Lunatic asylums Punjab 1868-1880 - 1868-1880
Year: 1868
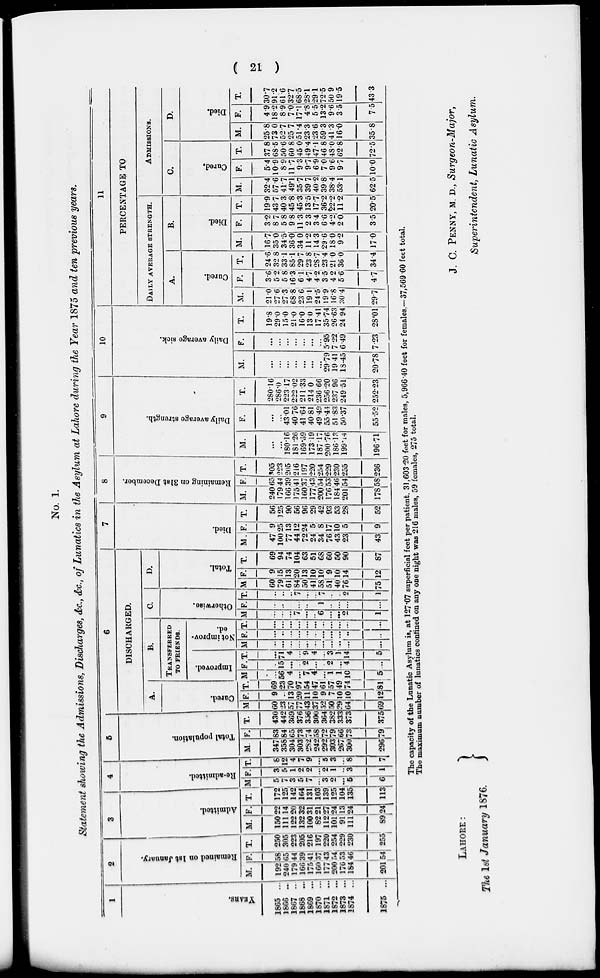
( 21 )
No. 1.
Statement showing the Admissions, Discharges, &c., &c., of Lunatics in the Asylum at Lahore during the Year 1875 and ten previous years.
1
YEARS.
1865 ...
1866 ...
1867 ...
1868 ...
1869 ...
1870 ...
1871 ...
1872 ...
1873 ...
1874 ...
1875 ...
2
Remained on 1st January.
M.
192
240
179
166
175
160
177
200
176
184
201
F.
58
65
44
39
41
37
43
54
53
46
54
T.
250
305
223
205
216
197
220
254
229
230
255
3
Admitted.
M.
150
111
122
132
100
62
112
101
91
111
89
F.
22
14
20
32
31
21
27
24
13
24
24
T.
172
125
142
164
131
103
139
125
104
135
113
4
Re-admitted.
M.
5
7 3
5
7
...
3
2
...
5
6
F.
3
5
1
2
2
...
2
1
...
3
1
T.
8
12
4
7
9
...
5
3
...
6
7
5
Total population.
M.
347
358
304
303
282
242
292
303
267
300
296
F.
83
84
65
73
74
58
72
79
66
73
79
T.
430
442
369
376
356
300
364
382
333
373
375
6
DISCHARGED.
A.
Cared.
M
60
23
57
77
43
37
52
50
29
64
69
F.
9
..
13
20
11
10
9
7
10
10
12
T.
69
23
70
97
54
47
61
57
49
74
81
B.
TRANSFERRED
TO FRIENDS.
Improved.
M
...
56
4
...
7
4
...
1
1
10
5
F.
...
15
...
...
2
...
...
2
...
4
...
T.
...
71
4
...
9
4
...
3
1
14
5
Not improv-
ed.
M
...
...
...
...
...
...
....
...
...
...
...
F.
...
...
...
...
...
...
...
...
...
..
T.
...
...
...
...
...
...
...
...
...
...
...
C.
Otherwise.
M
...
...
...
7
...
..
6
...
...
2
1
F.
...
...
...
...
...
...
1
...
...
...
...
T.
...
..
..
7
...
...
7
..
2
1
D.
Total.
M
60
79
61
84
50
41
58
51
40
76
75
F.
9
15
13
20
13
10
10
9
10
14
12
T.
69
94
74
104
63
51
68
60
50
90
87
7
Died.
M.
47
100
77
44
72
24
34
76
43
23
43
F.
9
25
13
12
24
5
8
17
10
5
9
T.
56
125
90
56
96
29
42
93
53
28
52
8
Remaining on 31st December.
M.
240
179
166
175
160
177
200
176
184
201
178
F.
65
44
39
41
37
43
54
53
46
54
58
T.
305
223
205
216
197
220
254
229
230
255
236
9
Daily average strength.
M.
...
...
180.16
181.26
169.59
173.19
187.17
200.76
186.13
199.14
196.71
F.
...
...
43.01
40.76
41.64
40.81
49.49
55.41
51.83
50.37
55.52
T.
280.16
286.0
223.17
222.02
211.33
214.0
236.66
256.20
237.96
249.51
252.23
10
Daily average sick.
M.
...
...
...
...
...
...
...
29.79
19.41
18.45
20.78
F.
...
...
...
...
...
...
...
5.95
7.22
6.49
7.23
T.
19.8
29.0
15.0
21.0
16.0
13.0
17.41
35.74
26.63
24.94
28.01
11
PERCENTAGE TO
DAILY AVERAGE STRENGTH.
A.
Cured.
M.
21.0
27.6
27.3
68.8
23.6
19.1
24.5
19.9
16.8
30.4
29.7
F.
3.6
5.2
5.8
16.3
6.1
4.7
4.2
3.5
4.2
5.6
4.7
T.
24.6
32.8
33.1
85.1
29.7
23.8
28.7
23.4
21.0
36.0
34.4
B.
Died.
M.
16.7
35.0
34.5
36.0
34.0
11.2
14.3
29.6
18.0
9.2
17.0
F.
3.2
8.7
5.8
9.8
11.3
2.3
3.4
6.6
4.2
2.0
3.5
T.
19.9
43.7
40.3
45.8
45.3
13.5
17.7
36.2
22.2
11.2
20.5
ADMISSIONS.
C.
Cured.
M.
32.4
57.6
41.7
49.1
35.7
39.7
40.2
39.8
38.4
53.1
62.5
F.
5.4
10.9
8.9
11.7
9.3
9.7
6.9
7.0
9.6
9.7
10.0
T.
37.8
68.5
50.6
60.8
45.0
49.4
47.1
46.8
48.0
62.8
72.5
D.
Died.
M.
25.8
73.0
52.7
25.7
51.4
23.3
23.6
59.3
41.3
16.0
35.8
F.
4.9
18.2
8.9
7.0
17.1
4.8
5.5
13.2
9.6
3.5
7.5
T.
30.7
91.2
61.6
32.7
68.5
28.1
29.1
72.5
50.9
19.5
43.3
The capacity of the Lunatic Asylum is, at 127.07 superficial feet per patient. 31,603.20 feet for males, 5,966.40 feet for females,—37,569.60 feet total.
The maximum number of lunatics confined on any one night was 216 males, 59 females, 275 total.
LAHORE:
The 1st January 1876.
J. C. PENNY, M. D., Surgeon-Major,
Superintendent, Lunatic Asylum.